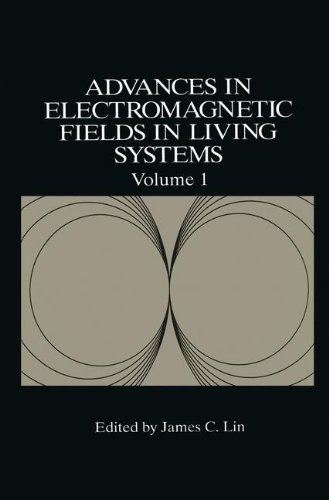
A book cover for Advances in Electromagnetic Fields in Living Systems, Volume 1; Science & Math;